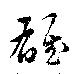
雄